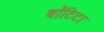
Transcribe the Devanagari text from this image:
बाॅटिटा